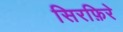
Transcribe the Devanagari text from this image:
सिरफ़िरे